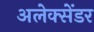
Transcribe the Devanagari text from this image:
अलेक्‍सेंडर